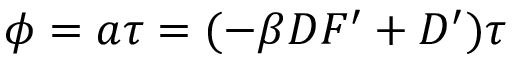
\phi = a \tau = ( - \beta D F ^ { \prime } + D ^ { \prime } ) \tau